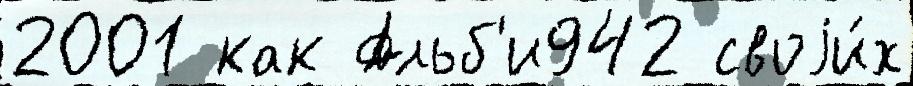
2001 как Альб'и942 своjи́х